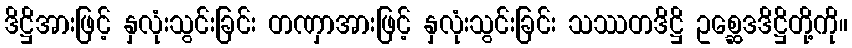
ဒိဋ္ဌိအားဖြင့် နှလုံးသွင်းခြင်း တဏှာအားဖြင့် နှလုံးသွင်းခြင်း သဿတဒိဋ္ဌိ ဥစ္ဆေဒဒိဋ္ဌိတို့ကို။